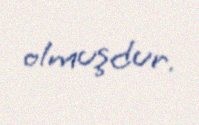
olmuşdur.